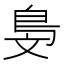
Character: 𣁓